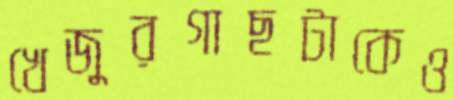
খেজুরগাছটাকেও